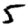
Digit: 5